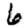
Digit: 6